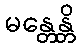
မန္တေန္တိ